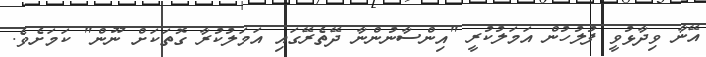
އޭނާ ވިދާޅުވީ ފުލުހުން އަމަލުކުރީ "އިންސާނުންނާ ދޭތެރޭގައި އަމަލުކުރާ ގޮތަކަށް ނޫން" ކަމަށެވެ.